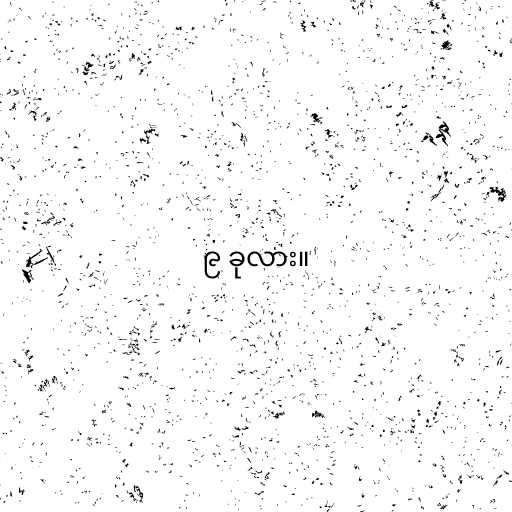
၉ ခုလား။